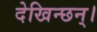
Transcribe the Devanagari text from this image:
देखिन्छन्।